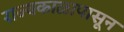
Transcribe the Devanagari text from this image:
राज्यकाळापासून